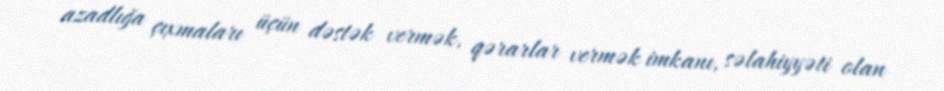
azadlığa çıxmaları üçün dəstək vermək, qərarlar vermək imkanı, səlahiyyəti olan